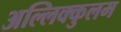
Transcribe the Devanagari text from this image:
अल्लिक्कुलम